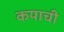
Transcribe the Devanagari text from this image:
कयाची